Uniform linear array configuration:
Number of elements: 12
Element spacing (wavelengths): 1
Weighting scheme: hamming
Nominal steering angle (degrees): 0
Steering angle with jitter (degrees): -0.9758
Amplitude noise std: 0.05
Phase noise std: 0.05

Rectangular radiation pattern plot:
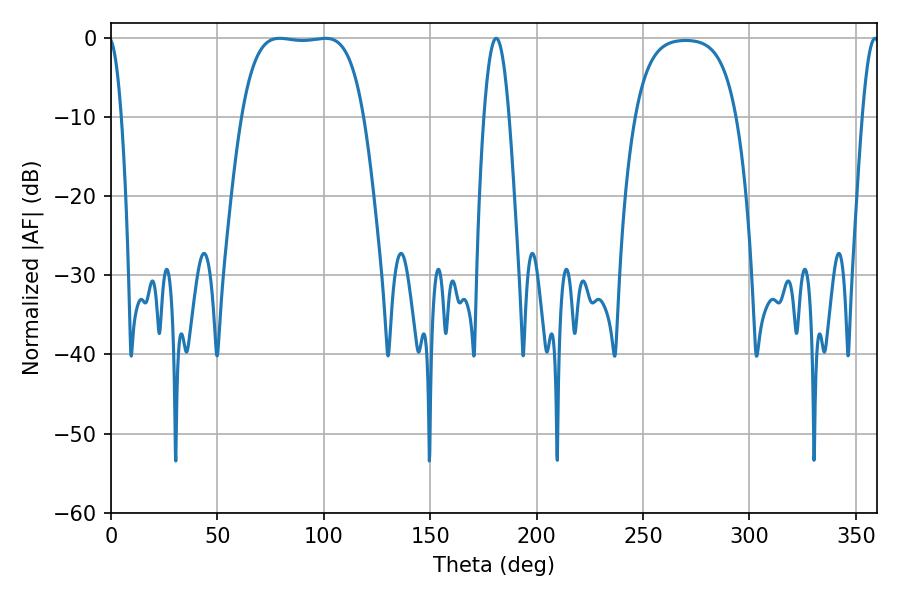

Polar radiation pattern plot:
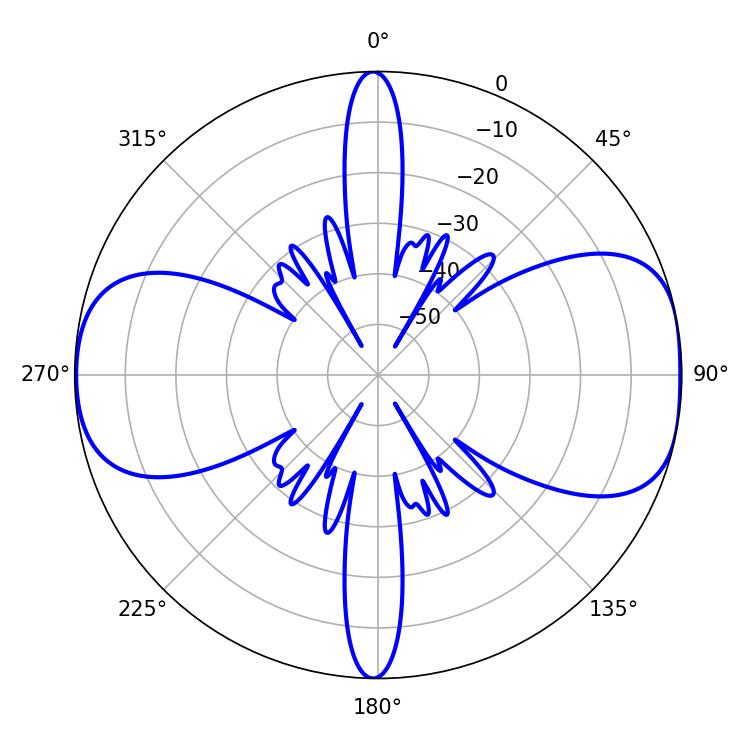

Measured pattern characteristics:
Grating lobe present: TRUE
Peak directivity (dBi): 9.657
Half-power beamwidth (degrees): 44.64
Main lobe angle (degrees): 79.2